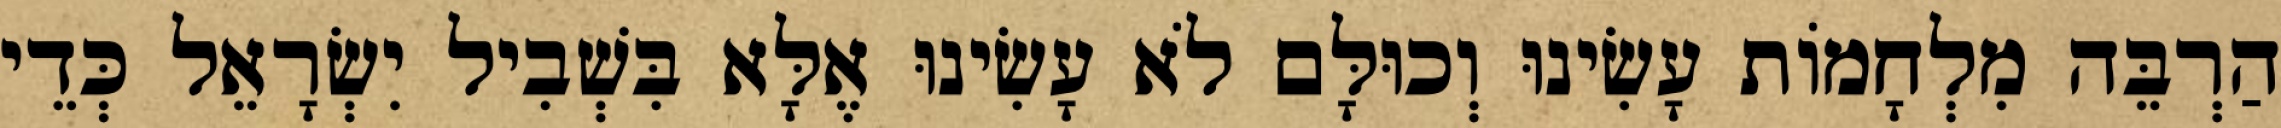
הַרְבֵּה מִלְחָמוֹת עָשִׂינוּ וְכוּלָּם לֹא עָשִׂינוּ אֶלָּא בִּשְׁבִיל יִשְׂרָאֵל כְּדֵי